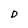
Character: D